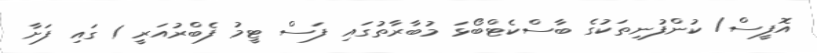
އޮފީސް/ ކުންފުނިތަކުގެ ބާސްކެޓްބޯޅަ މުބާރާތުގައި ފަސް ޓީމު ފެބްރުއަރީ 1 ގައި ފަށާ